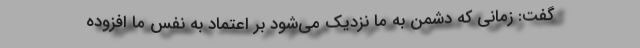
گفت: زمانی که دشمن به ما نزدیک می‌شود بر اعتماد به نفس ما افزوده